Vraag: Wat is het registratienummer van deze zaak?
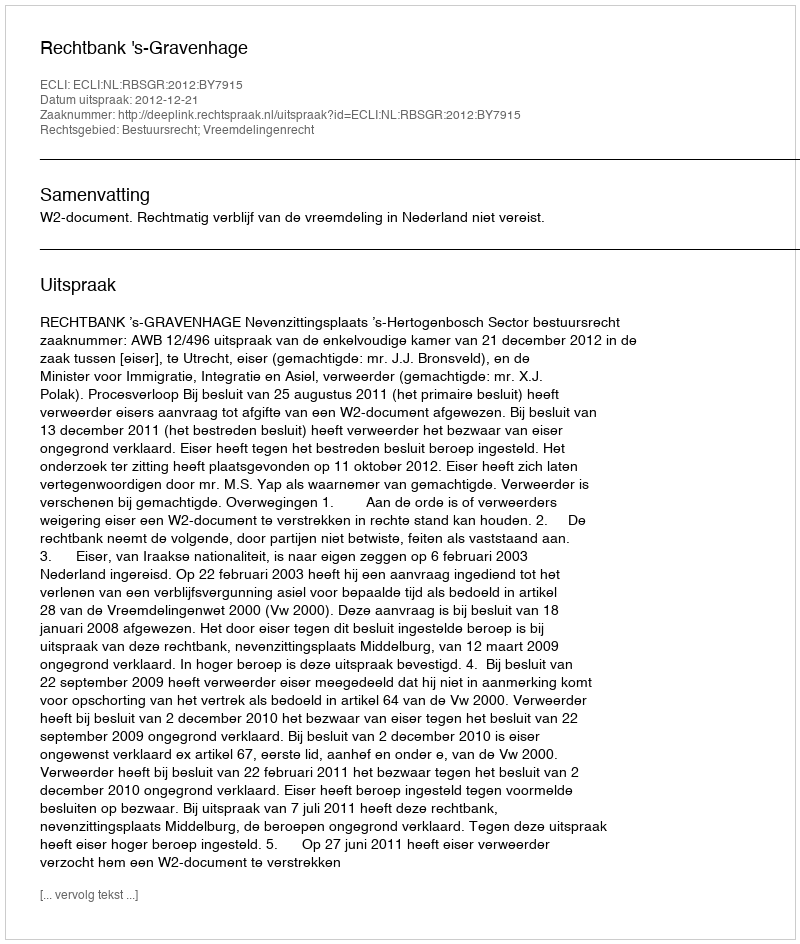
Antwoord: http://deeplink.rechtspraak.nl/uitspraak?id=ECLI:NL:RBSGR:2012:BY7915